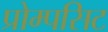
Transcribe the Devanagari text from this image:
प्रोम्पसिट